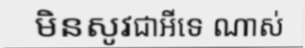
មិនសូវជាអីទេ ណាស់